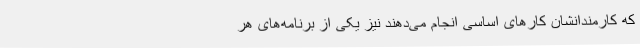
که کارمندانشان کارهای اساسی انجام می‌دهند نیز یکی از برنامه‌های هر